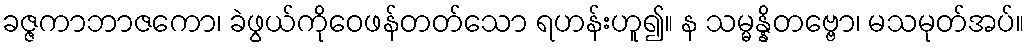
ခဇ္ဇကာဘာဇကော၊ ခဲဖွယ်ကိုဝေဖန်တတ်သော ရဟန်းဟူ၍။ န သမ္မန္နိတဗ္ဗော၊ မသမုတ်အပ်။